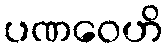
ပဏဝေဟိ